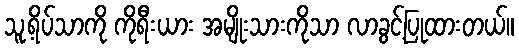
သူ့ရိပ်သာကို ကိုရီးယား အမျိုးသားကိုသာ လာခွင့်ပြုထားတယ်။